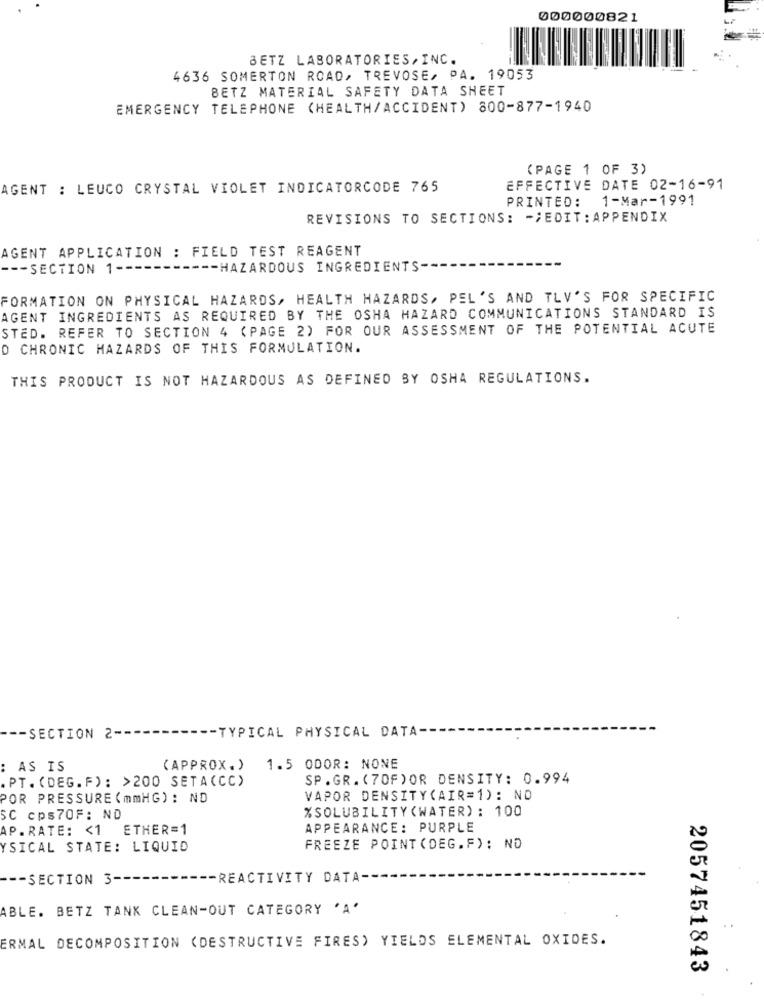
000000821
BETZ LABORATORIES, INC.
4636 SOMERTON ROAD, TREVOSE, PA. 19053
BETZ MATERIAL SAFETY DATA SHEET
EMERGENCY TELEPHONE (HEALTH/ACCIDENT) 800-877-1940
(PAGE 1 OF 3)
AGENT : LEUCO CRYSTAL VIOLET INDICATORCODE 765
EFFECTIVE DATE 02-16-91
PRINTED: 1-Mar-1991
REVISIONS TO SECTIONS: -¿ EDIT : APPENDIX
AGENT APPLICATION : FIELD TEST REAGENT
--- SECTION 1 --
" -- HAZARDOUS INGREDIENTS-
FORMATION ON PHYSICAL HAZARDS, HEALTH HAZARDS, PEL'S AND TLV'S FOR SPECIFIC
AGENT INGREDIENTS AS REQUIRED BY THE OSHA HAZARD COMMUNICATIONS STANDARD IS
STED. REFER TO SECTION 4 (PAGE 2) FOR OUR ASSESSMENT OF THE POTENTIAL ACUTE
O CHRONIC HAZARDS OF THIS FORMULATION.
THIS PRODUCT IS NOT HAZARDOUS AS DEFINED BY OSHA REGULATIONS.
-- SECTION 2 ----------- TYPICAL PHYSICAL DATA ---
: AS IS
( APPROX.)
1.5 ODOR: NONE
PT. (DEG. F) : >200 SETA(CC)
SP.GR.(70F)OR DENSITY: 0.994
POR PRESSURE ( mmHG) : ND
VAPOR DENSITY(AIR=1): NO
%SOLUBILITY(WATER): 100
SC cps70F: ND
AP.RATE: < 1 ETHER=1
APPEARANCE: PURPLE
YSICAL STATE: LIQUID
FREEZE POINT (DEG.F): ND
--- SECTION 3 --
-- REACTIVITY DATA-
ABLE. BETZ TANK CLEAN-OUT CATEGORY 'A'
ERMAL DECOMPOSITION (DESTRUCTIVE FIRES) YIELDS ELEMENTAL OXIDES.
2057451843